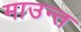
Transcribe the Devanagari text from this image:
माउन्त